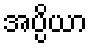
အပ္ပိယာ